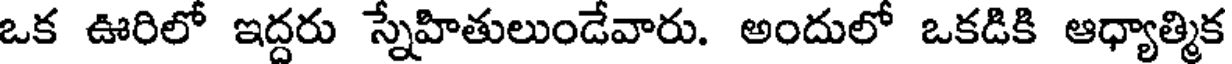
ఒక ఊరిలో ఇద్దరు స్నేహితులుండేవారు. అందులో ఒకడికి ఆధ్యాత్మిక